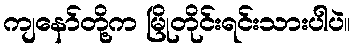
ကျနော်တို့က မြိုတိုင်းရင်းသားပါပဲ။